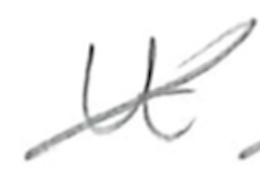
Text: It
Cross-out: diagonal
Writing tool: pencil